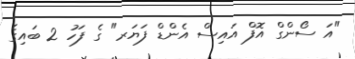
"އަ ސޯންގް އޮފް އައިސް އެންޑް ފަޔަރ" ގެ ފަހު 2 ބައިގެ